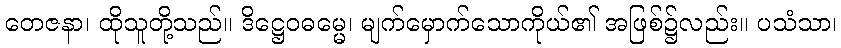
တေဇနာ၊ ထိုသူတို့သည်။ ဒိဋ္ဌေဝဓမ္မေ၊ မျက်မှောက်သောကိုယ်၏ အဖြစ်၌လည်း။ ပသံသာ၊